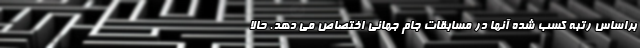
براساس رتبه کسب شده آنها در مسابقات جام جهانی اختصاص می دهد. حالا